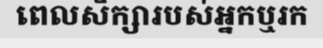
ពេលសិក្សារបស់អ្នកឬរក